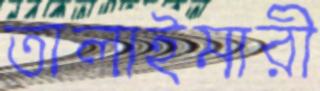
তালাইমারী